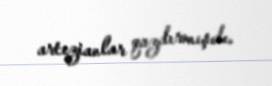
artezianlar qazdırmışdı.